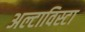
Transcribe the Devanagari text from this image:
अल्टाविस्टा